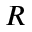
\cal R